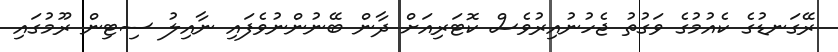
ރޭގަނޑުގެ ކެއުމުގެ ވަގުތު ޖެހުނުއިރުވެސް ކޮޓަރިއަށް ދާން ބޭނުންނުވެފައި ނާއިލު ސިޓިން ރޫމުގައި